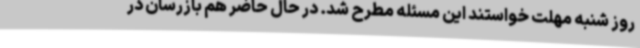
روز شنبه مهلت خواستند این مسئله مطرح شد. در حال حاضر هم بازرسان در